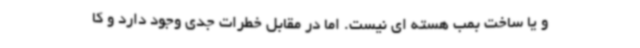
و یا ساخت بمب هسته ای نیست. اما در مقابل خطرات جدی وجود دارد و کا